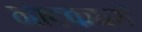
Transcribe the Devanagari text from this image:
नाटकघरों